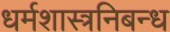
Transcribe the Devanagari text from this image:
धर्मशास्त्रनिबन्ध